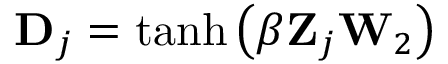
\mathbf { D } _ { j } = \operatorname { t a n h } \left( \beta \mathbf { Z } _ { j } \mathbf { W } _ { 2 } \right)